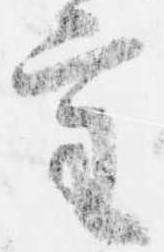
審